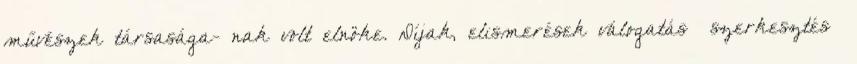
művészek társasága- nak volt elnöke. Díjak, elismerések válogatás szerkesztés